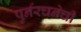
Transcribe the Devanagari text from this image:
पुर्नरचनेची